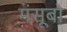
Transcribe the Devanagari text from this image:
मंसूबो